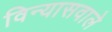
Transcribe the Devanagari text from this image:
विन्यासवाले